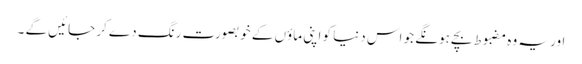
اور یہ وہ مضبوط بچے ہونگے جو اس دنیا کو اپنی ماؤں کے خوبصورت رنگ دے کر جائیں گے ۔